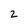
Character: 2